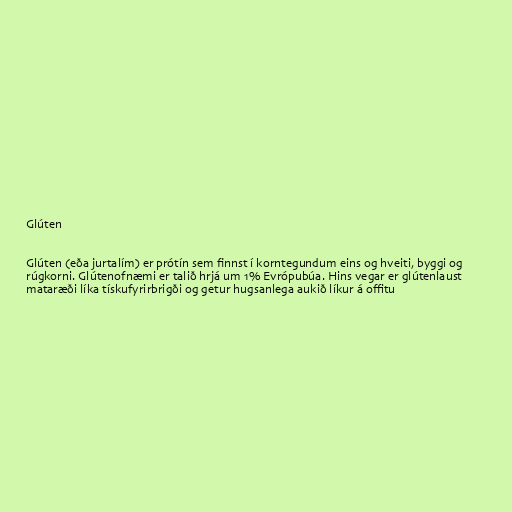
Glúten

Glúten (eða jurtalím) er prótín sem finnst í korntegundum eins og hveiti, byggi og
rúgkorni. Glútenofnæmi er talið hrjá um 1% Evrópubúa. Hins vegar er glútenlaust
mataræði líka tískufyrirbrigði og getur hugsanlega aukið líkur á offitu